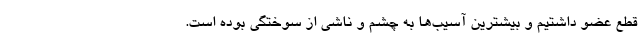
قطع عضو داشتیم و بیشترین آسیب‌ها به چشم و ناشی از سوختگی بوده است.